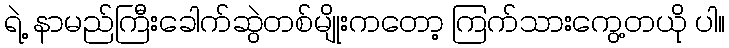
ရဲ့ နာမည်ကြီးခေါက်ဆွဲတစ်မျိုးကတော့ ကြက်သားကွေ့တယို ပါ။